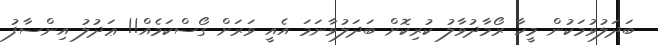
ބަދަލުވުމަކުން މީހާ ރޯމާދުވާލު ކުރިކޮށް ބަދަލުވާނަމަ އެއީ ވަރަށް ގޯސްކަމެއް!! ޢަދުލު އިންސާފު